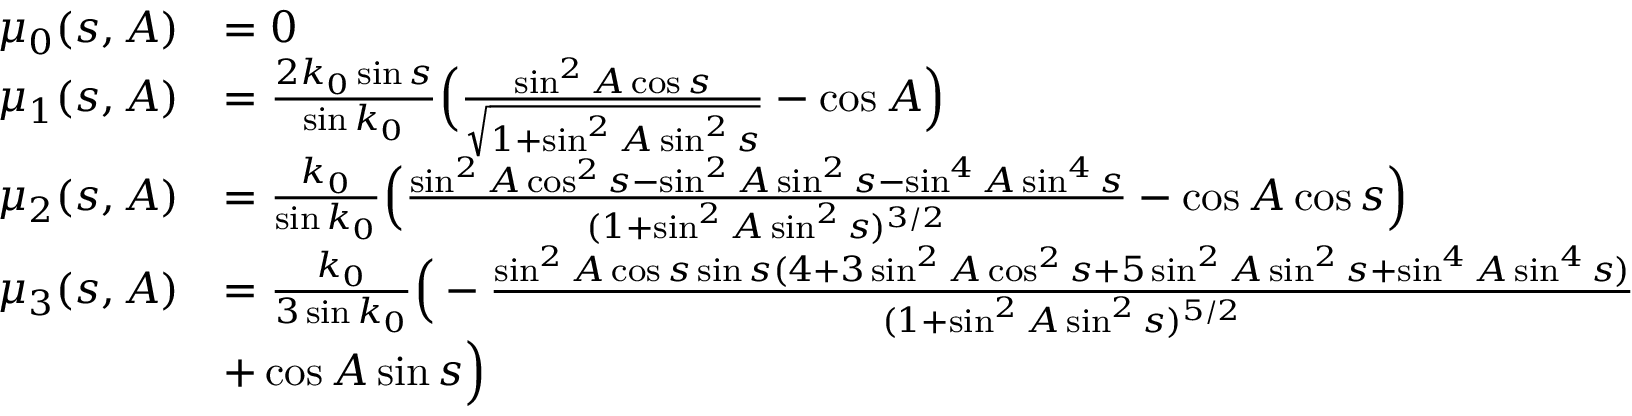
\begin{array} { r l } { \mu _ { 0 } ( s , A ) } & { = 0 } \\ { \mu _ { 1 } ( s , A ) } & { = \frac { 2 k _ { 0 } \sin s } { \sin k _ { 0 } } \Big ( \frac { \sin ^ { 2 } A \cos s } { \sqrt { 1 + \sin ^ { 2 } A \sin ^ { 2 } s } } - \cos A \Big ) } \\ { \mu _ { 2 } ( s , A ) } & { = \frac { k _ { 0 } } { \sin k _ { 0 } } \Big ( \frac { \sin ^ { 2 } A \cos ^ { 2 } s - \sin ^ { 2 } A \sin ^ { 2 } s - \sin ^ { 4 } A \sin ^ { 4 } s } { ( 1 + \sin ^ { 2 } A \sin ^ { 2 } s ) ^ { 3 / 2 } } - \cos A \cos s \Big ) } \\ { \mu _ { 3 } ( s , A ) } & { = \frac { k _ { 0 } } { 3 \sin k _ { 0 } } \Big ( - \frac { \sin ^ { 2 } A \cos s \sin s ( 4 + 3 \sin ^ { 2 } A \cos ^ { 2 } s + 5 \sin ^ { 2 } A \sin ^ { 2 } s + \sin ^ { 4 } A \sin ^ { 4 } s ) } { ( 1 + \sin ^ { 2 } A \sin ^ { 2 } s ) ^ { 5 / 2 } } } \\ & { + \cos A \sin s \Big ) } \end{array}